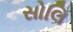
સોલિ